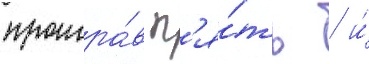
проигра́в п'я́ть / и́